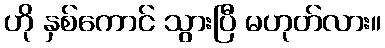
ဟို နှစ်ကောင် သွားပြီ မဟုတ်လား။